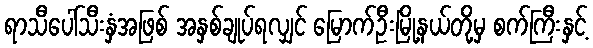
ရာသီပေါ်သီးနှံအဖြစ် အနှစ်ချုပ်ရလျှင် မြောက်ဦးမြို့နယ်တို့မှ စက်ကြီးနှင့်